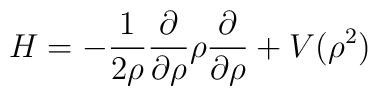
H= -\frac{1}{2\rho}\frac{\partial}{\partial\rho}\rho \frac{\partial}{\partial\rho} + V(\rho^2)